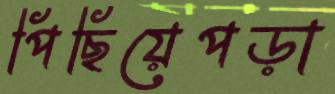
পিছিয়েপড়া